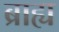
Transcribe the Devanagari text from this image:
ब्राह्य